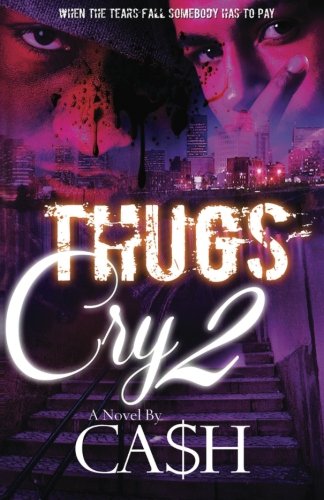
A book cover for Thugs Cry 2 (Volume 2); Ca$h; Literature & Fiction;